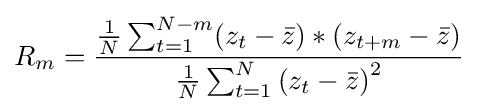
R_{m}={\frac {{\frac {1}{N}}\sum _{t=1}^{N-m}(z_{t}-{\bar {z}})*(z_{t+m}-{\bar {z}})}{{\frac {1}{N}}\sum _{t=1}^{N}{(z_{t}-{\bar {z}})}^{2}}}